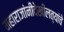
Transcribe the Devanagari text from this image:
महाराजांनीदेखीलत्यांचे